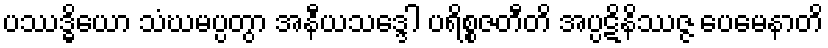
ပဿဒ္ဓိယော သံဃမပ္ပတွာ အနီယသဒ္ဒေါ ပရိစ္စဇတီတိ အပ္ပဋိနိဿဇ္ဇ ပေမေနာတိ